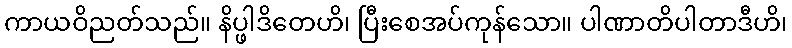
ကာယဝိညတ်သည်။ နိပ္ဖါဒိတေဟိ၊ ပြီးစေအပ်ကုန်သော။ ပါဏာတိပါတာဒီဟိ၊